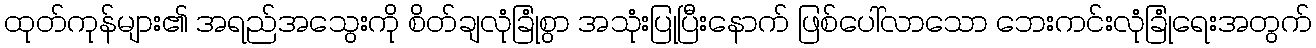
ထုတ်ကုန်များ၏ အရည်အသွေးကို စိတ်ချလုံခြုံစွာ အသုံးပြုပြီးနောက် ဖြစ်ပေါ်လာသော ဘေးကင်းလုံခြုံရေးအတွက်